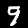
Digit: 9